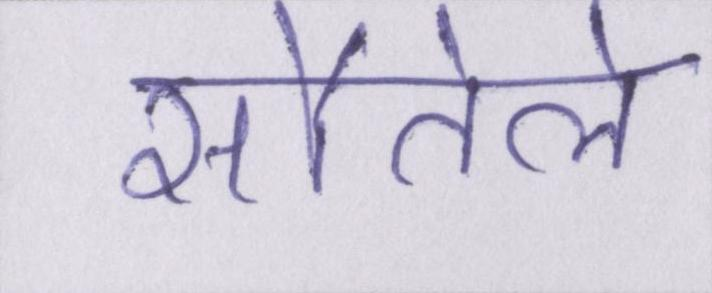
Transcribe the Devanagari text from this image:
सौतेले